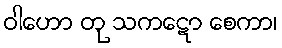
ဝါဟော တု သကဋော စေကာ၊